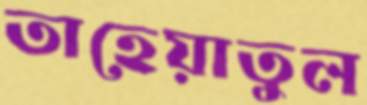
তাহেয়াতুল